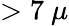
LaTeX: >7~\mu